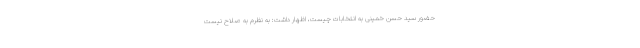
حضور سید حسن خمینی به انتخابات چیست، اظهار داشت: به نظرم به صلاح نیست